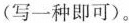
(写一种即可)。